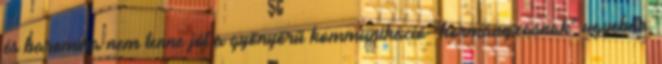
és baromira nem tenne jót a gyönyörű kommunikáció-"kormányzásnak" ugyebár;